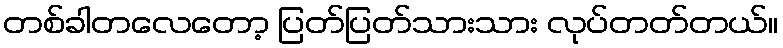
တစ်ခါတလေတော့ ပြတ်ပြတ်သားသား လုပ်တတ်တယ်။